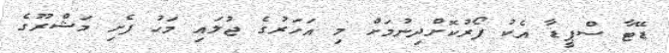
ޑޭޓާ ސްޕީޑާ އެކު ފޯރުކޮށްދިނުމަށް މި އަހަރުގެ ޖުލައި މަހު ފެށި މަޝްރޫގެ